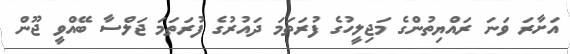
އަށާރަ ވަނަ ރައްޔިތުންގެ މަޖިލީހުގެ ފުރަތަމަ ދައުރުގެ ފުރަތަމަ ޖަލްސާ ބޭއްވީ ޖޫން